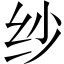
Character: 纱